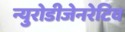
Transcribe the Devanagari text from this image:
न्युरोडीजेनरेटिव